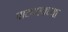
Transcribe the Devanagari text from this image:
पाठवायच्या